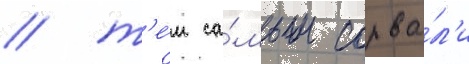
/ т'е́м са́мым сорва́л'и